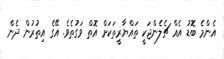
އެންމެ ބޮޑު އެއް ޗެލެންޖަކީ ތައްޔާރީތަކަށް އޮތް ވަގުތެވެ. އޭގެ އިތުރުން ދެން